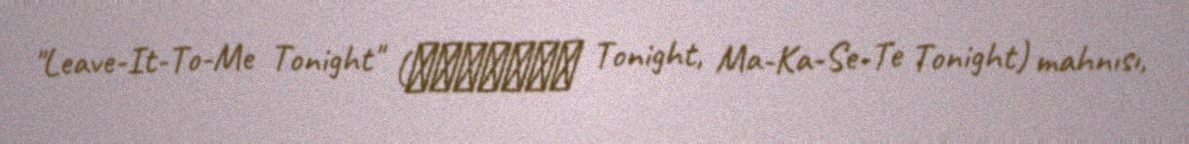
"Leave-It-To-Me Tonight" (魔・カ・セ・テ Tonight, Ma-Ka-Se-Te Tonight) mahnısı,